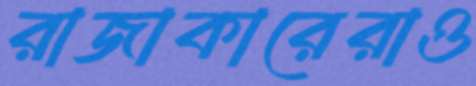
রাজাকারেরাও